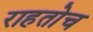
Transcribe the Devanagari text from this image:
राहतोच